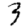
Digit: 3